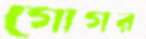
গোগর